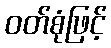
ဝတ်စုံဖြင့်